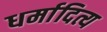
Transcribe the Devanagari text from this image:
धर्मादित्य